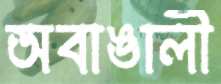
অবাঙালী